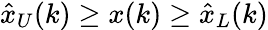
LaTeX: {\hat{x}}_{U}(k)\geq x(k)\geq{\hat{x}}_{L}(k)